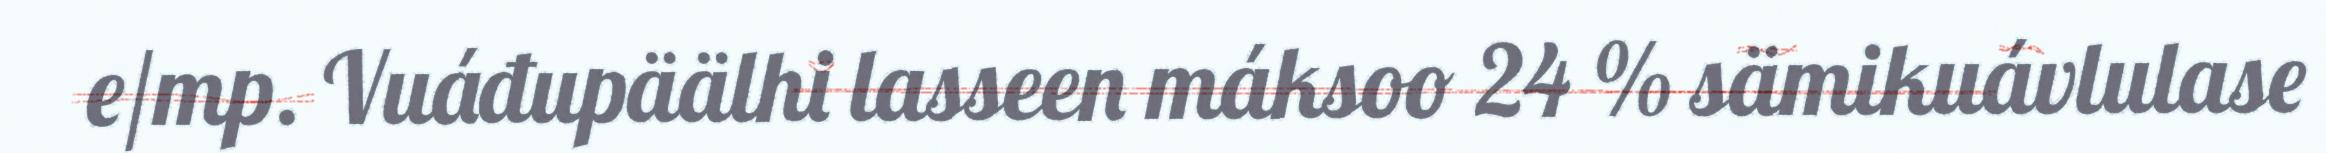
e/mp. Vuáđupäälhi lasseen máksoo 24 % sämikuávlulase